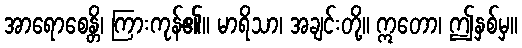
အာရောစေန္တိ၊ ကြားကုန်၏။ မာရိသာ၊ အချင်းတို့။ ဣတော၊ ဤနှစ်မှ။